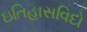
ઇતિહાસવિદો